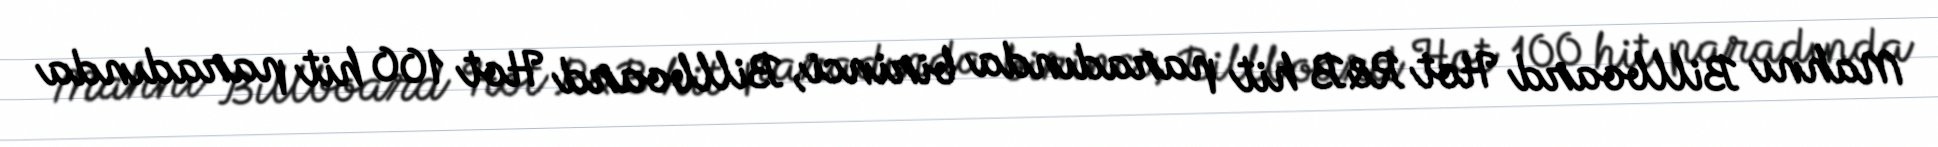
Mahnı Billboard Hot R&B hit paradında birinci, Billboard Hot 100 hit paradında